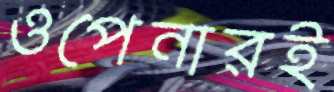
ওপেনারই